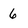
Character: 6